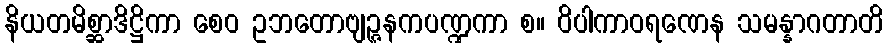
နိယတမိစ္ဆာဒိဋ္ဌိကာ စေဝ ဥဘတောဗျဉ္ဇနကပဏ္ဍကာ စ။ ဝိပါကာဝရဏေန သမန္နာဂတာတိ